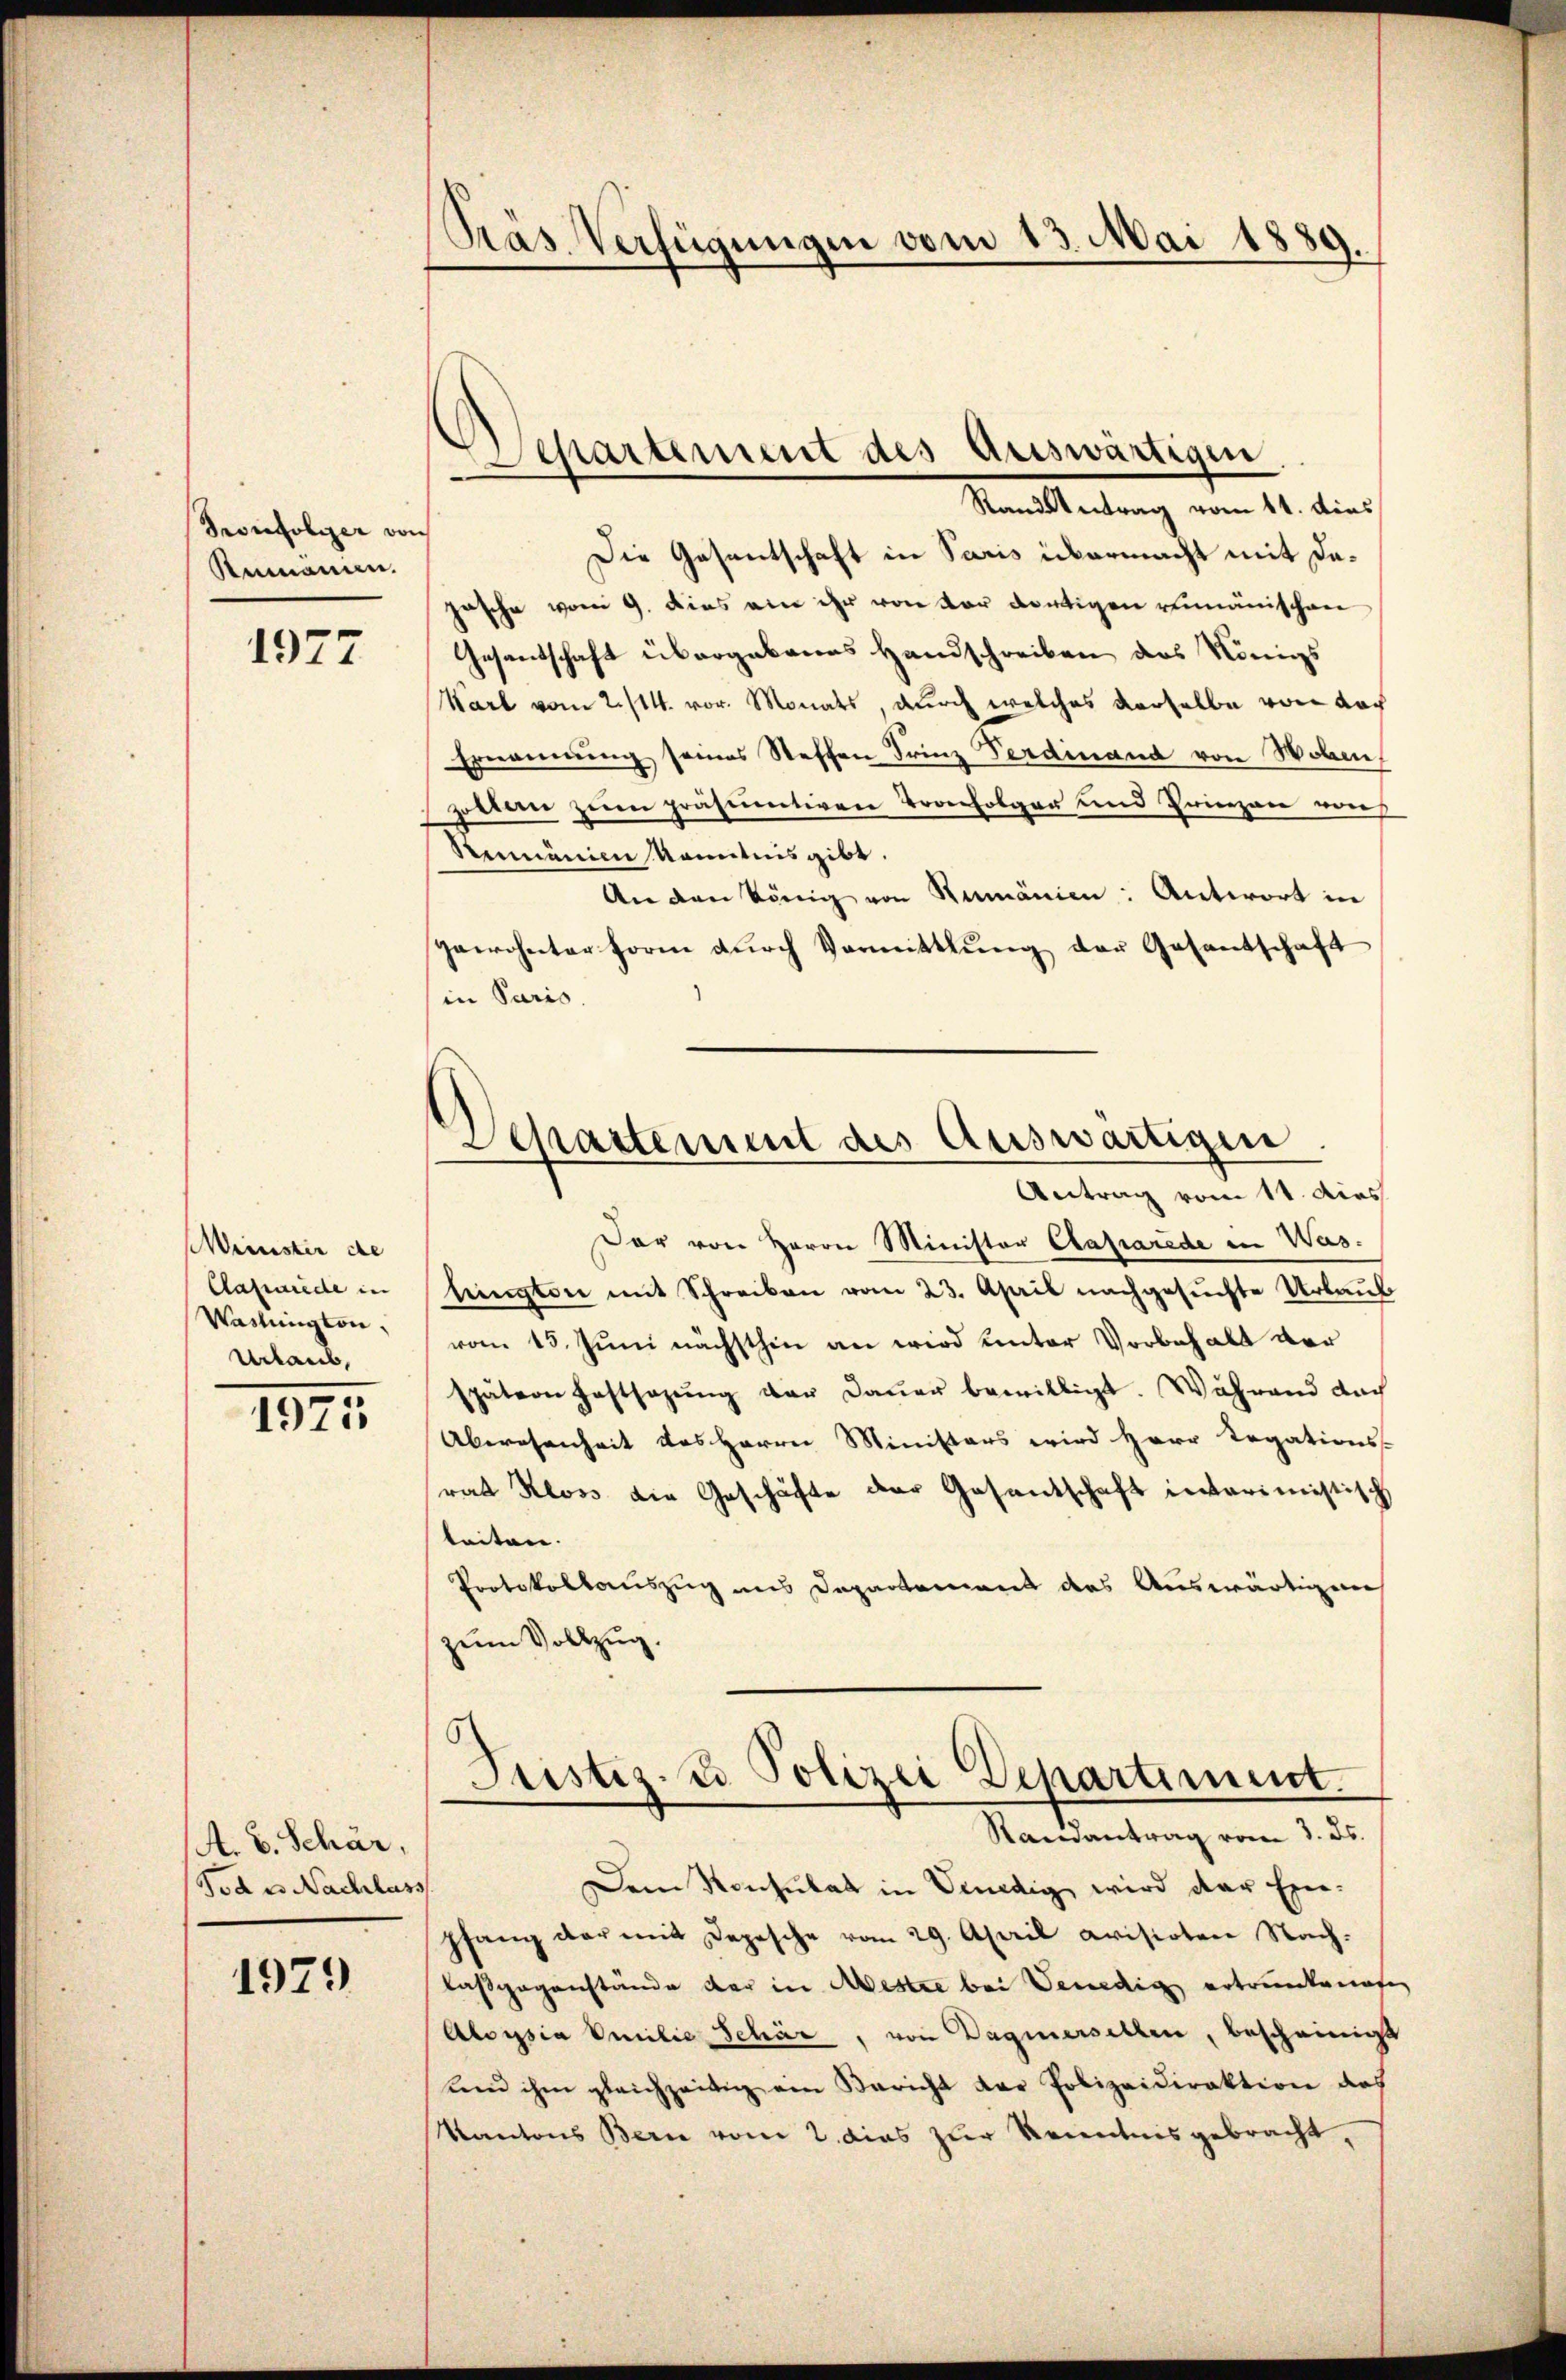
Pronfolger von
Rnmann.

1977

Weinster de
Cafwiede in
Vaslington,
Urlaub,

1975

A. v. Schär,
Tode Nachlas

1979

Prás Verfügungen vom 13. Mai 1889.

Die Gesantschaft in Paris übermacht mit dajasche vom 9. Dies ein ihr von der dortigen rumänischen
Gesantschaft übergebenes Handschreiben das Königs
Karl vom 2./11. vor. Monats, durch welches derselbe von doch
Ernennung seines Steffen Frinz Ferdinand von Woben,
zorten zum präsumtiven Tronfolger und Prinzen von
Rumänien kanntnis gibt
An den könig von Rumänien: Antwort in
paroheter Form durch Vormittlung der Gesantschaft
in Paris.

d
Separtement des Auswärtigen
Rand Antrag vom 11. dies

Departement des Auswärtigen
Antrag vom 11. dies

Dar von Herrn Minister Caparade in Waslington mit Schreiben vom 23. April nachgesuchte Urlaub
vom 15. Juni nächsthin an wird unter Vorbehalt der
spätern haftsagŭng vor daŭer bewilligt. Während dach
Abwesenheit des Herrn Ministers wird Herr Legations-
rat Kloss die Geschäfte der Gesandschaft interimistisch
leiten. |
Protokollauszug uns Departement des Auswärtigun
zum Vollzug.
Justiz- & Polizei Departement.

Randantrag vom 1. ds.

Dem Konsulat in Venedig wird der Ein-
pfang der mit Depesche vom 29. April avisioten Nachlasgegenstände der in Mestre bei Venedig ertrunkenafe
Aloisia Emilie Schör, von Wagnerselben, bescheinigt
und ihm gleichzeitig am Bericht der Polizeidirektion des
Kantons Bern vom 2. dies zur Kenntnis gebracht,